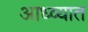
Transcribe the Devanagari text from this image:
आध्व्यात